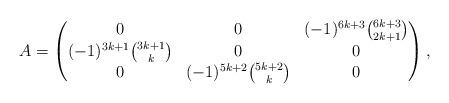
LaTeX: \begin{align*}A = \begin{pmatrix}0 & 0 & (-1)^{6k + 3} \binom{6k+3}{2k+1} \\(-1)^{3k + 1} \binom{3k+1}{k} & 0 & 0 \\0 & (-1)^{5k + 2} \binom{5k+2}{k} & 0\end{pmatrix},\end{align*}